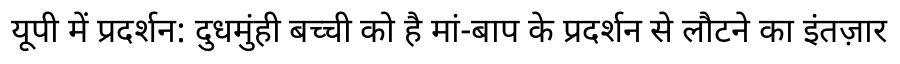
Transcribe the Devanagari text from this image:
यूपी में प्रदर्शन: दुधमुंही बच्ची को है मां-बाप के प्रदर्शन से लौटने का इंतज़ार